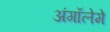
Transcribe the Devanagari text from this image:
अंगॉलेमे